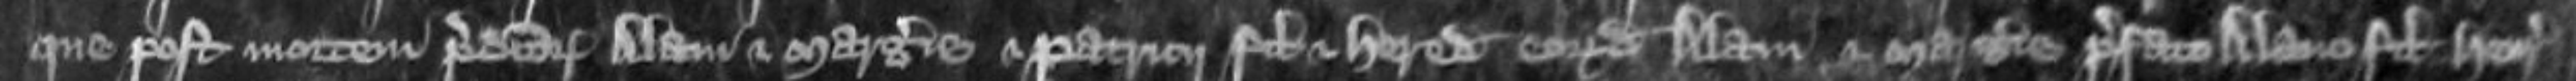
que post mortem predictorum Alani et Margerie et Patricii filii et heredis predictorum Alani et Margerie prefato Alano filio Henrici